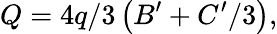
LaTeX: Q=4q/3\left(B^{\prime}+C^{\prime}/3\right),